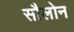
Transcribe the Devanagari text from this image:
सौलोन